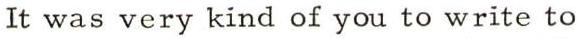
It was very kind of you to write to